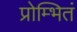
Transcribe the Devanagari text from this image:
प्रोम्भितं